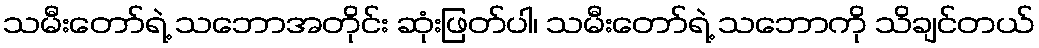
သမီးတော်ရဲ့ သဘောအတိုင်း ဆုံးဖြတ်ပါ၊ သမီးတော်ရဲ့ သဘောကို သိချင်တယ်